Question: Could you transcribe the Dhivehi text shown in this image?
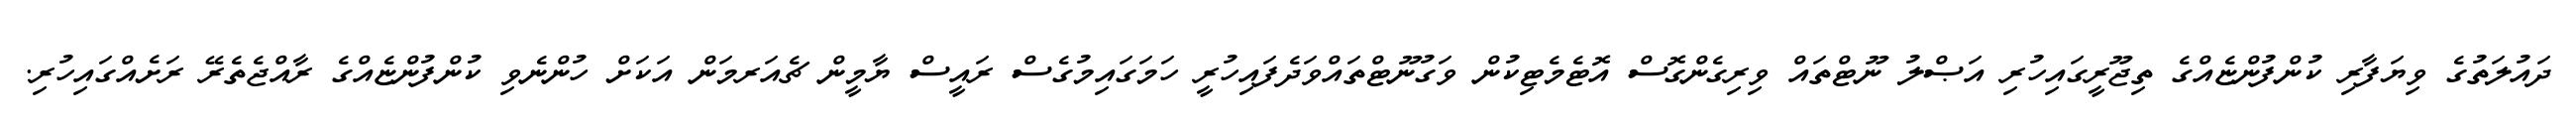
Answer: ދައުލަތުގެ ވިޔަފާރި ކުންފުންޏެއްގެ ތިޖޫރީގައިހުރި އަޞްލު ނޫޓްތައް ވިރިގެންގޮސް އޮޓެމެޓިކުން ވަގުނޫޓްތައްވަދެފައިހުރީ ހަމަގައިމުގެސް ރައީސް ޔާމީން ޗެއަރމަން އަކަށް ހުންނެވި ކުންފުންޏެއްގެ ރާއްޖެތެރޭ ރަށެއްގައިހުރި.